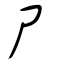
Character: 尸